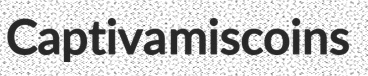
Captiva miscoins